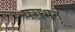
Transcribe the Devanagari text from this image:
पराभतू